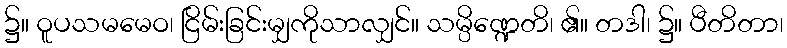
၌။ ဝူပသမမေဝ၊ ငြိမ်းခြင်းမျှကိုသာလျှင်။ သမ္ပိဏ္ဍေတိ၊ ၏။ တဒါ၊ ၌။ ပီတိတာ၊